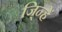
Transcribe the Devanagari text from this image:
जि्न्हें